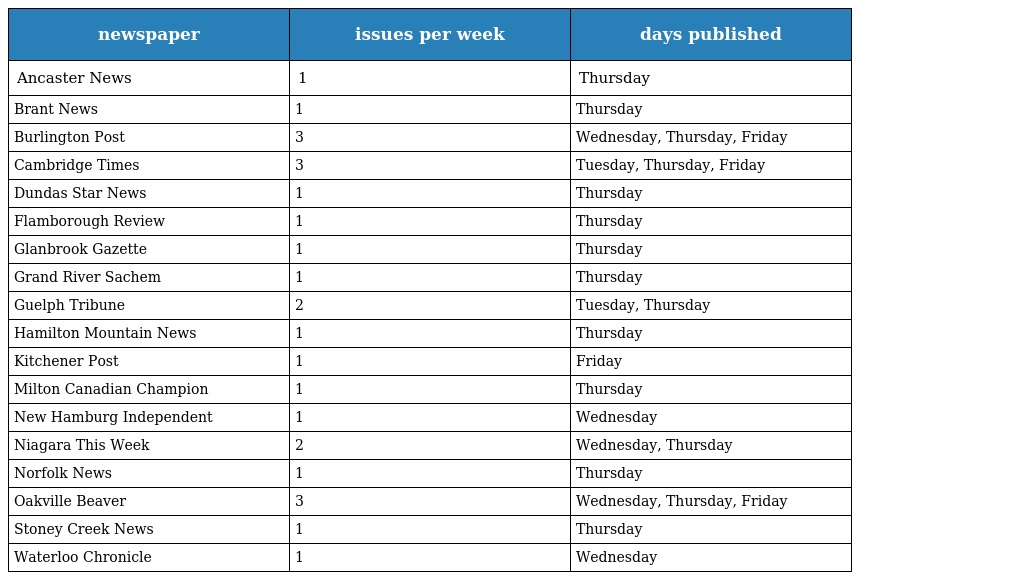
| newspaper | issues per week | days published |
 | --- | --- | --- |
 | Ancaster News | 1 | Thursday |
 | Brant News | 1 | Thursday |
 | Burlington Post | 3 | Wednesday, Thursday, Friday |
 | Cambridge Times | 3 | Tuesday, Thursday, Friday |
 | Dundas Star News | 1 | Thursday |
 | Flamborough Review | 1 | Thursday |
 | Glanbrook Gazette | 1 | Thursday |
 | Grand River Sachem | 1 | Thursday |
 | Guelph Tribune | 2 | Tuesday, Thursday |
 | Hamilton Mountain News | 1 | Thursday |
 | Kitchener Post | 1 | Friday |
 | Milton Canadian Champion | 1 | Thursday |
 | New Hamburg Independent | 1 | Wednesday |
 | Niagara This Week | 2 | Wednesday, Thursday |
 | Norfolk News | 1 | Thursday |
 | Oakville Beaver | 3 | Wednesday, Thursday, Friday |
 | Stoney Creek News | 1 | Thursday |
 | Waterloo Chronicle | 1 | Wednesday |